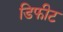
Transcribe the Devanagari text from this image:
डिफीट